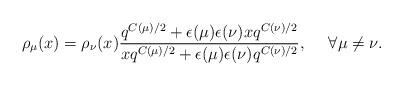
LaTeX: \begin{align*}\rho_\mu(x)=\rho_\nu(x)\frac{q^{C(\mu)/2} + \epsilon(\mu)\epsilon(\nu) xq^{C(\nu)/2} }{xq^{C(\mu)/2} +\epsilon(\mu)\epsilon(\nu) q^{C(\nu)/2} },~~~~\forall \mu\neq\nu.\end{align*}